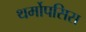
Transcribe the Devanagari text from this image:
थर्मोपसिस